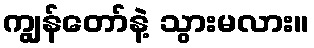
ကျွန်တော်နဲ့ သွားမလား။